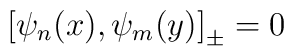
\left [ \psi_n (x), \psi_m (y) \right ]_{\pm} = 0\quad